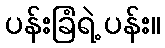
ပန်းခြံရဲ့ ပန်း။